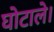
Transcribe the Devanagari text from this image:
घोटाले।